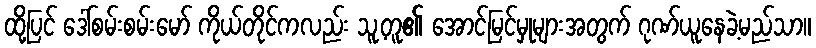
ထို့ပြင် ဒေါ်စမ်းစမ်းမော် ကိုယ်တိုင်ကလည်း သူ့တူ၏ အောင်မြင်မှုများအတွက် ဂုဏ်ယူနေခဲ့မည်သာ။